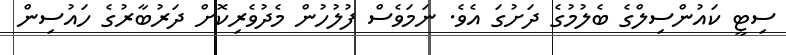
ސިޓީ ކައުންސިލްގެ ބެލުމުގެ ދަށުގަ އެވެ. ނަމަވެސް ފުލުހުން މެދުވެރިކޮށް ދަރުބާރުގެ ހައުސިން